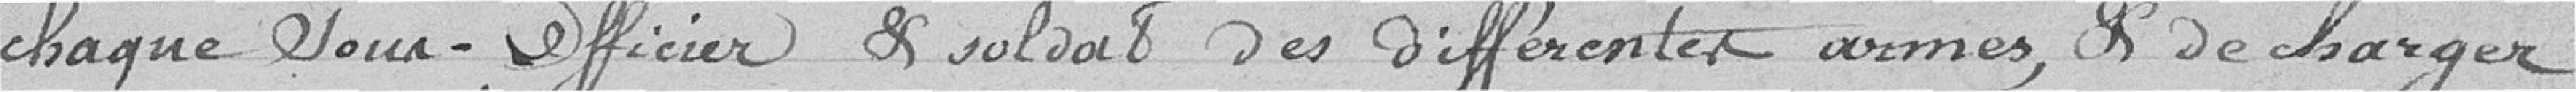
chaque sous-officier et soldat des différentes armées, et de charger